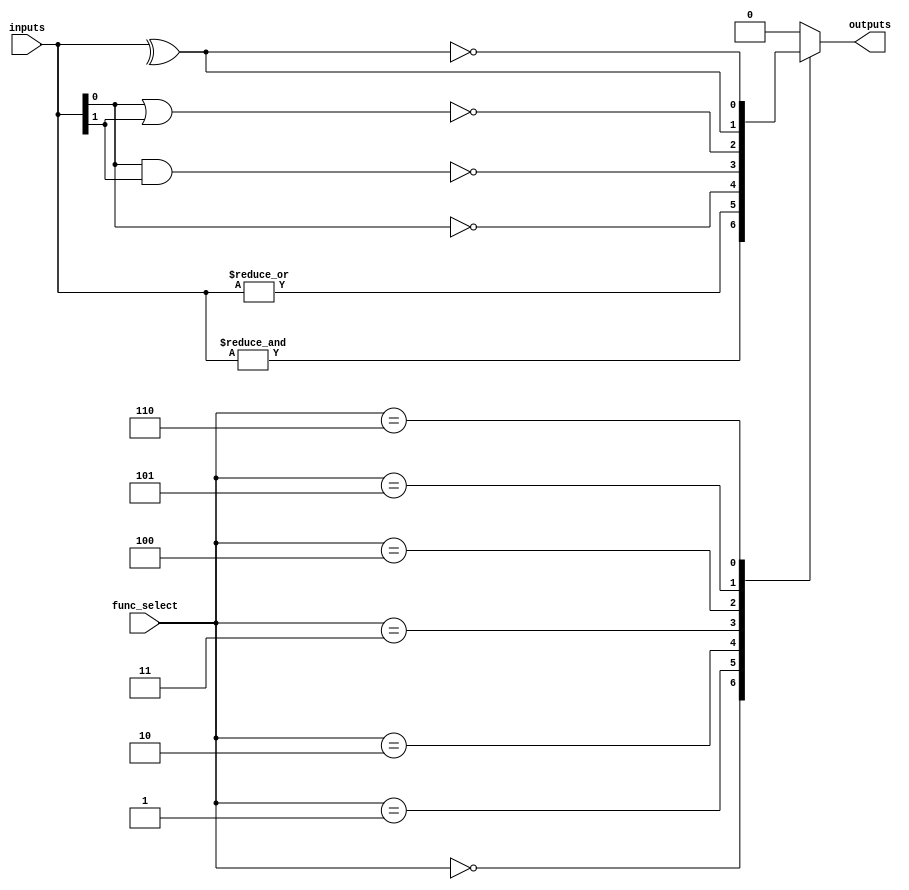
module combinational_logic_block #(
    parameter N = 4, // Number of input lines
    parameter M = 1  // Number of output lines
)(
    input  wire [N-1:0]  inputs,      // Input vector
    input  wire [2:0]    func_select,  // Function select signals
    output wire [M-1:0]  outputs       // Output vector
);

// Function select encoding
localparam AND_FUNC  = 3'b000;
localparam OR_FUNC   = 3'b001;
localparam NOT_FUNC  = 3'b010;
localparam NAND_FUNC = 3'b011;
localparam NOR_FUNC  = 3'b100;
localparam XOR_FUNC  = 3'b101;
localparam XNOR_FUNC = 3'b110;

// Internal signal for output
reg [M-1:0] output_reg;

always @(*) begin
    case (func_select)
        AND_FUNC:  output_reg = &inputs; // AND operation
        OR_FUNC:   output_reg = |inputs; // OR operation
        NOT_FUNC:  output_reg = ~inputs[0]; // NOT operation (single input)
        NAND_FUNC: output_reg = ~(inputs[0] & inputs[1]); // NAND operation (2 inputs)
        NOR_FUNC:  output_reg = ~(inputs[0] | inputs[1]); // NOR operation (2 inputs)
        XOR_FUNC:  output_reg = ^inputs; // XOR operation
        XNOR_FUNC: output_reg = ~(^inputs); // XNOR operation
        default:   output_reg = {M{1'b0}}; // Default case
    endcase
end

assign outputs = output_reg;

endmodule